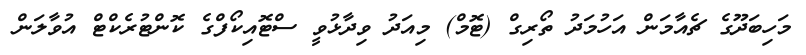
މަހިބަދޫގެ ޗެއާމަން އަހުމަދު ތޯރިގް (ޓޮމް) މިއަދު ވިދާޅުވީ ސްޓޮއިކޯފްގެ ކޮންޓުރެކްޓް އުވާލަން